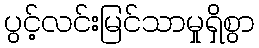
ပွင့်လင်းမြင်သာမှုရှိစွာ